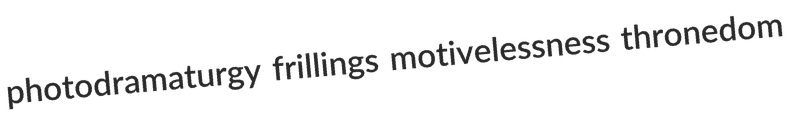
photodramaturgy frillings motivelessness thronedom